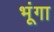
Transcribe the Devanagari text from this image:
भूंगा